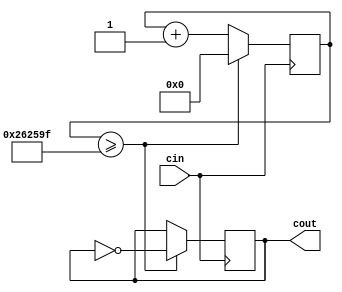
module ClockDividerFast(cin,cout);

	input cin;
	output reg cout;
	reg[31:0] count; 
	parameter D = 32'd2500000;
	always @(posedge cin)
	begin
		count <= count + 32'd1;
			if (count >= (D-1)) begin
			cout <= ~cout;
			count <= 32'd0;
		end
	end
	
endmodule